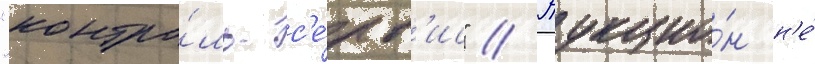
"контро́ль-с'е́рв'ис" // Аукцио́н н'е́